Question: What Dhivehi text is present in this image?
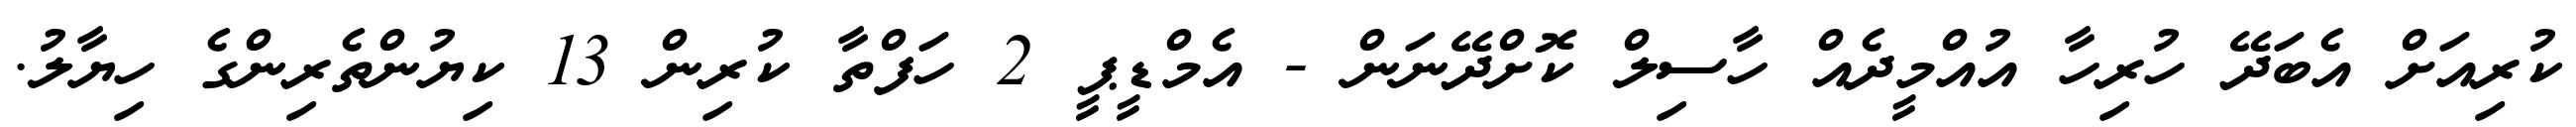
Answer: ކުރިއަށް އެބަދޭ ހުރިހާ އުއްމީދެއް ހާސިލް ކޮށްދޭނަން - އެމްޑީޕީ 2 ހަފްތާ ކުރިން 13 ކިޔުންތެރިންގެ ހިޔާލު.